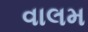
વાલમ